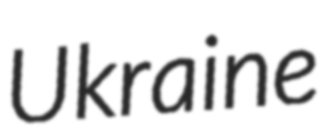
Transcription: Ukraine